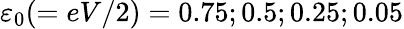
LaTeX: \varepsilon_{0}(=eV/2)=0.75;0.5;0.25;0.05